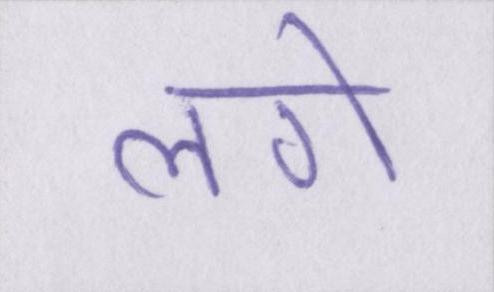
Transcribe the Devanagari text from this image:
लगे